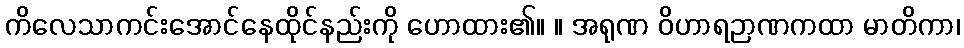
ကိလေသာကင်းအောင်နေထိုင်နည်းကို ဟောထား၏။ ။ အရုဏ ဝိဟာရဉာဏကထာ မာတိကာ၊